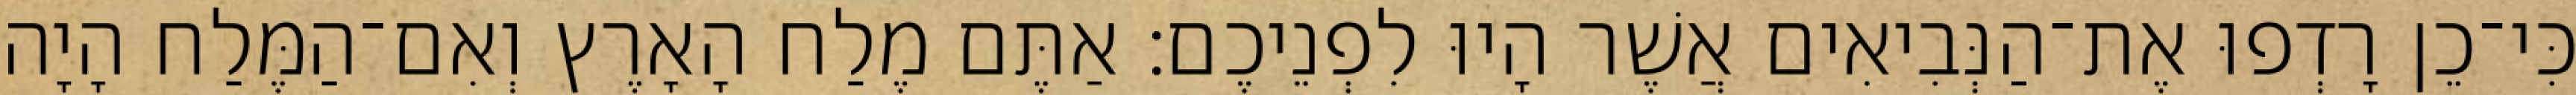
כִּי־כֵן רָדְפוּ אֶת־הַנְּבִיאִים אֲשֶׁר הָיוּ לִפְנֵיכֶם׃ אַתֶּם מֶלַח הָאָרֶץ וְאִם־הַמֶּלַח הָיָה